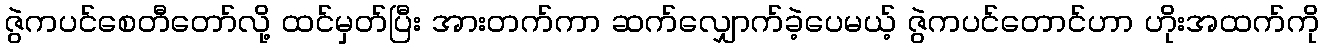
ဇွဲကပင်စေတီတော်လို့ ထင်မှတ်ပြီး အားတက်ကာ ဆက်လျှောက်ခဲ့ပေမယ့် ဇွဲကပင်တောင်ဟာ ဟိုးအထက်ကို